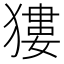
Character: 㺏